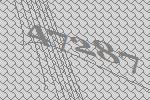
47287